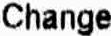
CHANGE